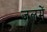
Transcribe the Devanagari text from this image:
जलमें